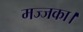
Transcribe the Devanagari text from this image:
मज्जका।